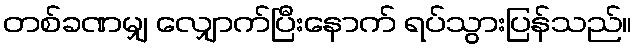
တစ်ခဏမျှ လျှောက်ပြီးနောက် ရပ်သွားပြန်သည်။